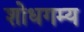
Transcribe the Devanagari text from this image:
शोधगम्‍य